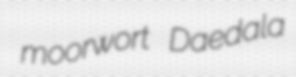
moorwort Daedala